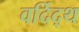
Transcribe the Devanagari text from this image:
वर्दिद्थ